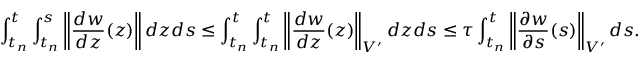
\int _ { t _ { n } } ^ { t } \int _ { t _ { n } } ^ { s } \left\| \frac { d w } { d z } ( z ) \right\| d z d s \leq \int _ { t _ { n } } ^ { t } \int _ { t _ { n } } ^ { t } \left\| \frac { d w } { d z } ( z ) \right\| _ { V ^ { \prime } } d z d s \leq \tau \int _ { t _ { n } } ^ { t } \left\| \frac { \partial w } { \partial s } ( s ) \right\| _ { V ^ { \prime } } d s .